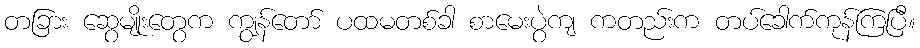
တခြား ဆွေမျိုးတွေက ကျွန်တော် ပထမတစ်ခါ စာမေးပွဲကျ ကတည်းက တပ်ခေါက်ကုန်ကြပြီ။